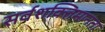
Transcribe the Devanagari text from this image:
सर्वशक्तिमानता